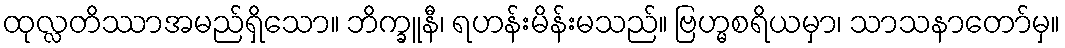
ထုလ္လတိဿာအမည်ရှိသော။ ဘိက္ခူနီ၊ ရဟန်းမိန်းမသည်။ ဗြဟ္မစရိယမှာ၊ သာသနာတော်မှ။